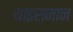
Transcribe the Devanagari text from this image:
थाइसमान